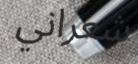
شعراني